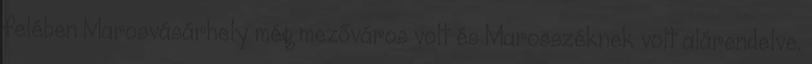
felében Marosvásárhely még mezőváros volt és Marosszéknek volt alárendelve.